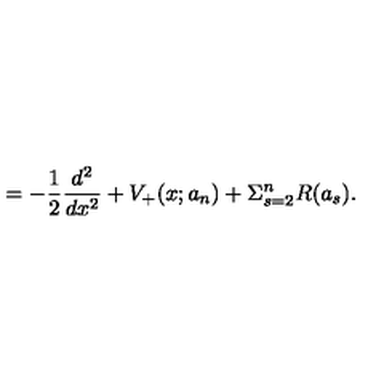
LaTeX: = - \frac { 1 } { 2 } \frac { d ^ { 2 } } { d x ^ { 2 } } + V _ { + } ( x ; a _ { n } ) + \Sigma _ { s = 2 } ^ { n } R ( a _ { s } ) .